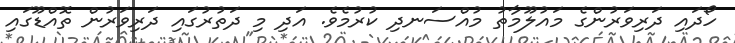
ހޯދައި ދަރިވަރުންގެ މައުލޫމާތު މުއްސަނދި ކުރުމެވެ. އަދި މި ދަތުރުގައި ދަރިވަރުން ތޮއްޑޫގައި